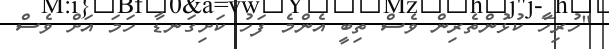
"ހުރިހާ ކުޅުންތެރިން ވެސް ތިބީ އެންމެ ފަހު ކަށިގަނޑާ ހަމަ އަށް ވެސް